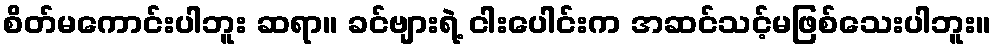
စိတ်မကောင်းပါဘူး ဆရာ။ ခင်ဗျားရဲ့ ငါးပေါင်းက အဆင်သင့်မဖြစ်သေးပါဘူး။